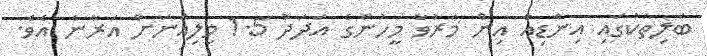
ބަލިތަކުގައި އިންޑިއާ އިން މަރުވާ މީހުންގެ އަދަދު 1.5 މިލިއަނަށް އަރާނެ އެވެ.